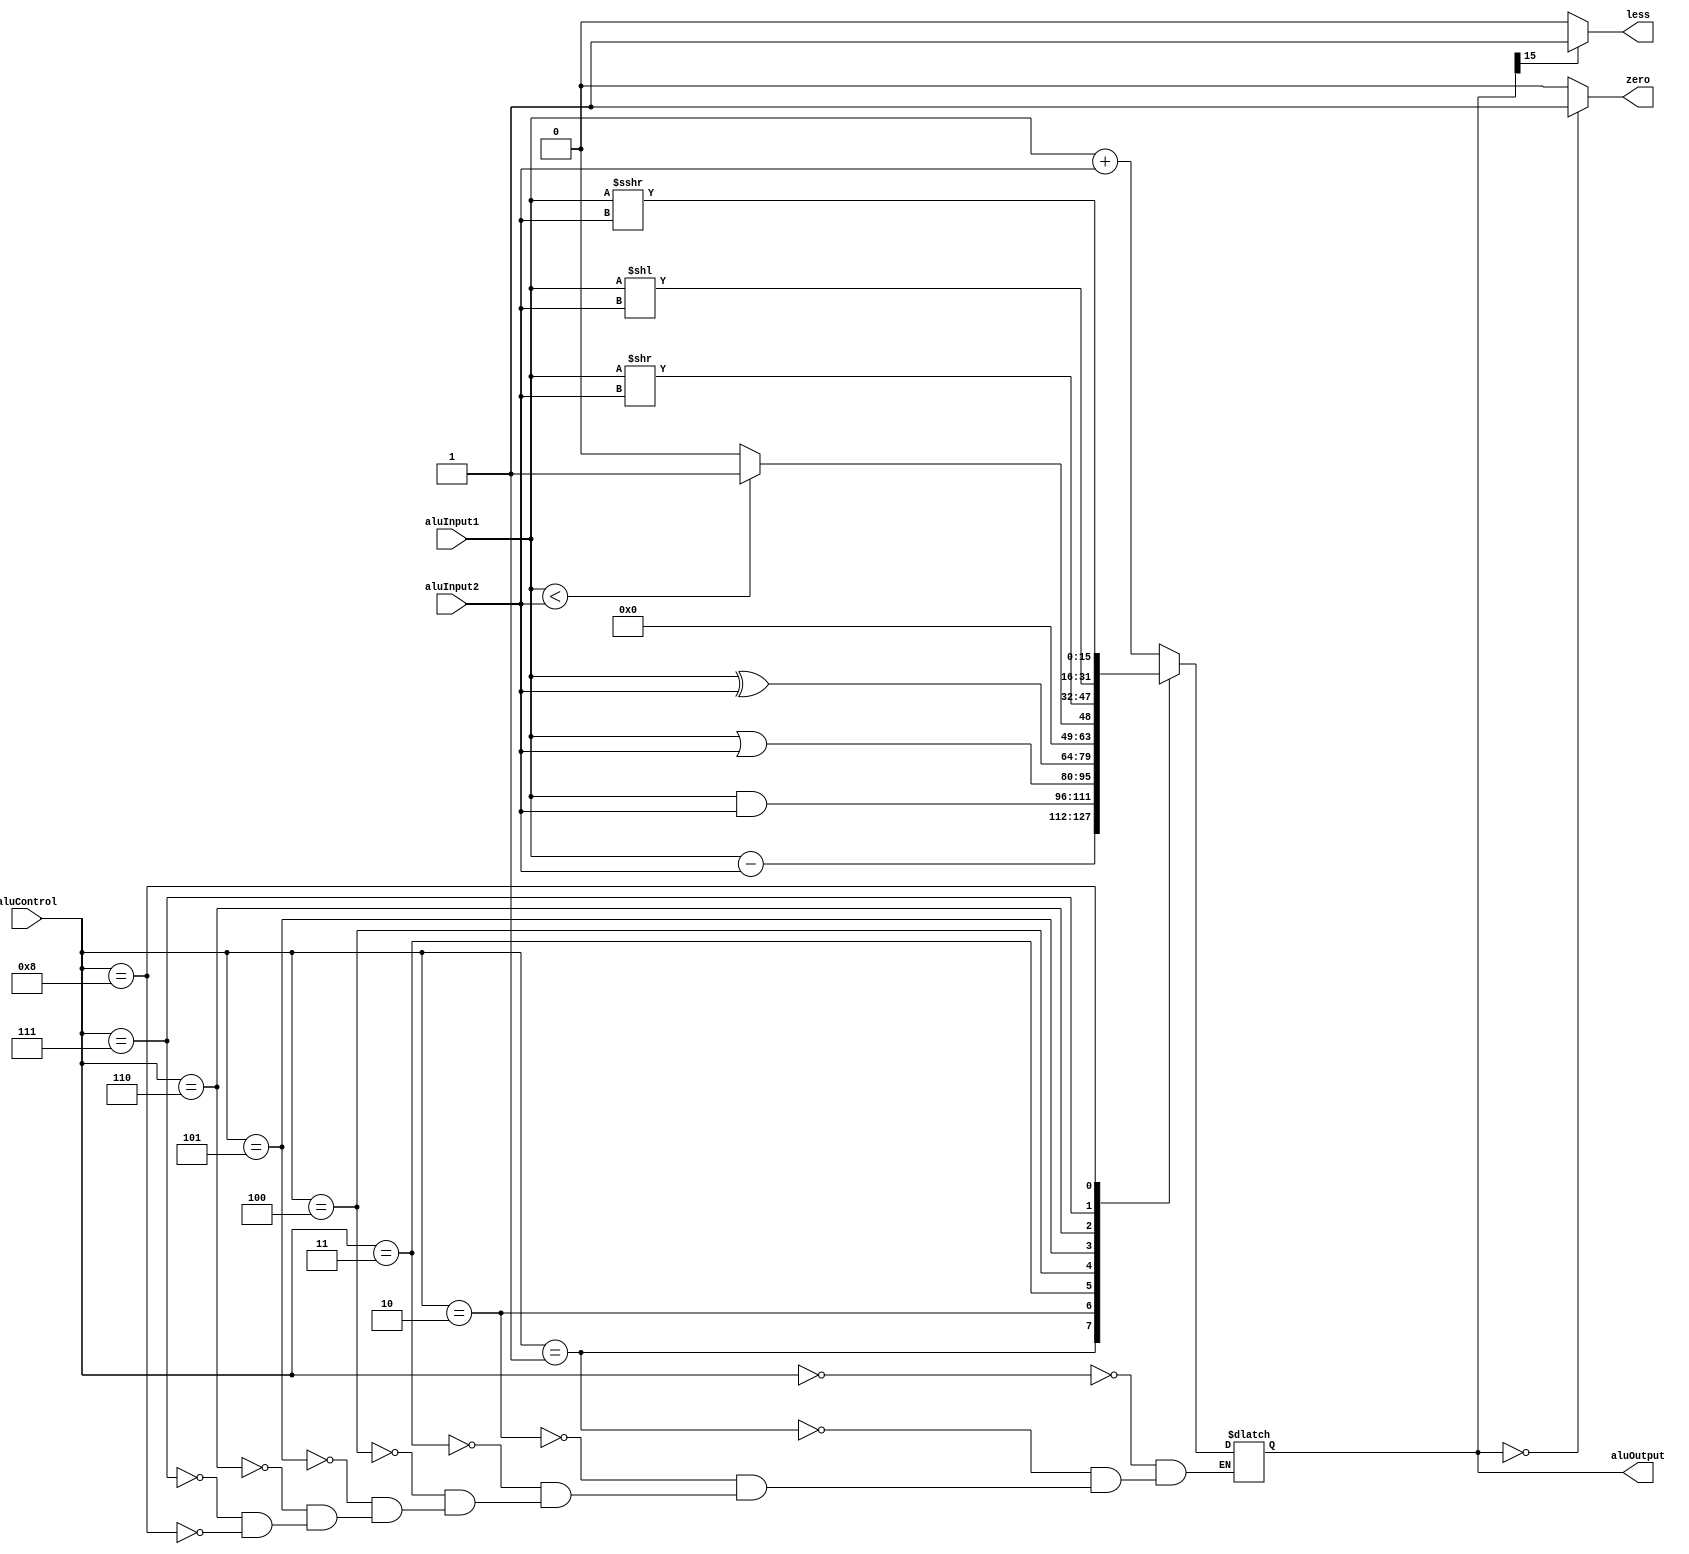
`timescale 1ns / 1ps
//////////////////////////////////////////////////////////////////////////////////
// Mississippi State University
// ECE 4713 Computer Architecture
// 
// Module Name:    ALU 
// Project Name:   RISC_PROC
// Tool versions:  Xilinx ISE 12.4
// Description: 
//
// Dependencies: 
//
// Revision: 
// Revision 0.01 - File Created
// Additional Comments: 
//
//////////////////////////////////////////////////////////////////////////////////
module ALU(aluInput1,aluInput2,aluControl,aluOutput,zero,less);

//Inputs
input [15:0] aluInput1,aluInput2;
input [3:0] aluControl;

//Outputs
output reg [15:0] aluOutput;
output reg zero,less;

always @ (aluInput1,aluInput2,aluControl)
begin
	case(aluControl)
	
	4'd0:		aluOutput = aluInput1 + aluInput2;
	
	4'd1:		aluOutput = aluInput1 - aluInput2;
	
	4'd2:		aluOutput = aluInput1 & aluInput2;
	
	4'd3:		aluOutput = aluInput1 | aluInput2;
	
	4'd4:		aluOutput = aluInput1 ^ aluInput2;
	
	4'd5:
	begin
		if(aluInput1 < aluInput2)
			aluOutput = 16'd1;
		else
			aluOutput = 16'd0;
	end
	
	4'd6: 	aluOutput = aluInput1 >> aluInput2;
	
	4'd7:		aluOutput = aluInput1 << aluInput2;
	
	4'd8:		aluOutput = aluInput1 >>> aluInput2;
	
	endcase	
end//always

always @(aluOutput)
begin
	if(aluOutput == 0)
		zero = 1;
	else
		zero = 0;
	if(aluOutput[15] == 1)
		less = 1;
	else 
		less = 0;
end//always
endmodule